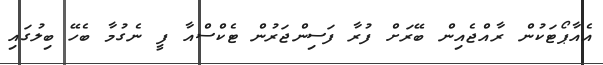
އެއާޕޯޓަކުން ރާއްޖެއިން ބޭރަށް ފުރާ ފަސިންޖަރުން ޓެކްސްއާ ފީ ނެގުމާ ބެހޭ ބިލުގައި